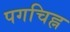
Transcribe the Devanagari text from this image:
पगचिह्न